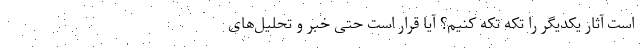
است آثار یکدیگر را تکه تکه کنیم؟ آیا قرار است حتی خبر و تحلیل‌های